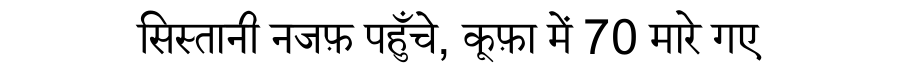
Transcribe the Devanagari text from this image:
सिस्तानी नजफ़ पहुँचे, कूफ़ा में 70 मारे गए